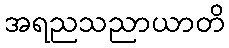
အရညသညာယာတိ